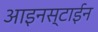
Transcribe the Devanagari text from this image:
आइनस्टाईन